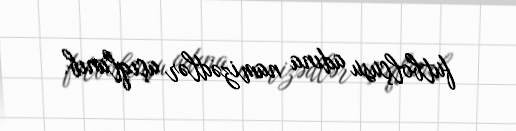
futbolçusu adına namizədlər açıqlanıb.